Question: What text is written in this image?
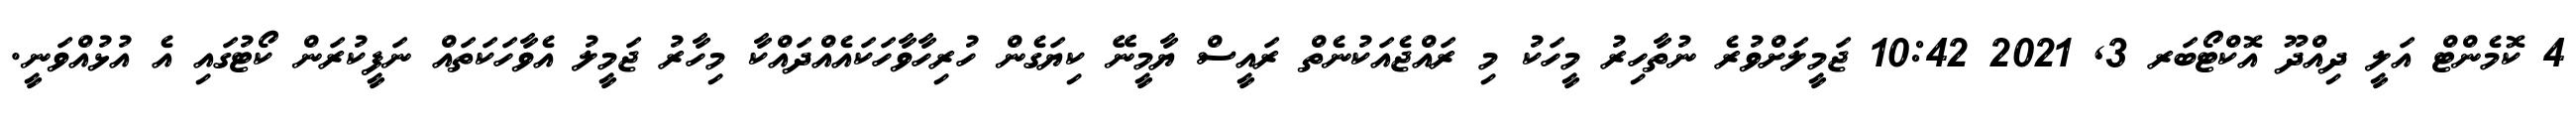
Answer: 4 ކޮމެންޓް އަލީ ދިއްދޫ އޮކްޓޯބަރ 3, 2021 10:42 ޖަމީލަށްވުރެ ނުތާހިރު މީހަކު މި ރައްޖެއަކުނެތް ރައީސް ޔާމީނޭ ކިޔަގެން ހުރިހާވާހަކައެއްދައްކާ މިހާރު ޖަމީލު އެވާހަކަތައް ނަފީކުރަން ކޯޓުގައި އެ އުޅުއްވަނީ.